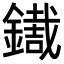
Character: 𨭓